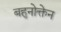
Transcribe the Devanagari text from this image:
बहुनोक्तेन